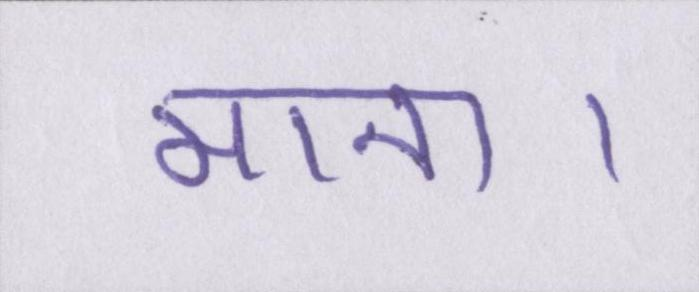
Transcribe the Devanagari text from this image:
माना।